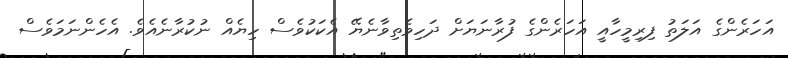
އަހަރެންގެ އަލަތު ފިރިމީހާއީ އަހަރެންގެ ފުރާނަޔަށް ދަހިވެތިވާނެޔޭ އެކަކުވެސް ހިޔެއް ނުކުރާނެއެވެ. އެހެންނަމަވެސް